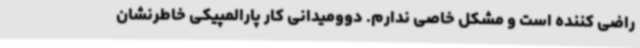
راضی کننده است و مشکل خاصی ندارم. دوومیدانی کار پارالمپیکی خاطرنشان